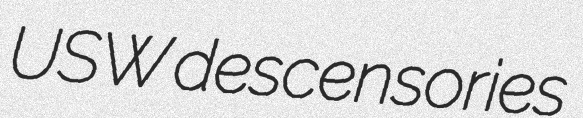
USW descensories